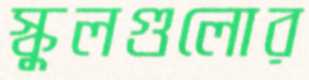
স্কুলগুলোর